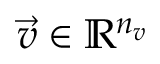
\vec { v } \in \mathbb R ^ { n _ { v } }